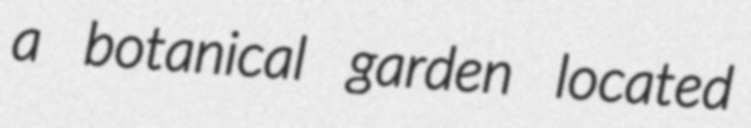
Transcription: a botanical garden located